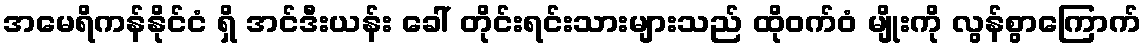
အမေရိကန်နိုင်ငံ ရှိ အင်ဒီးယန်း ခေါ် တိုင်းရင်းသားများသည် ထိုဝက်ဝံ မျိုးကို လွန်စွာကြောက်